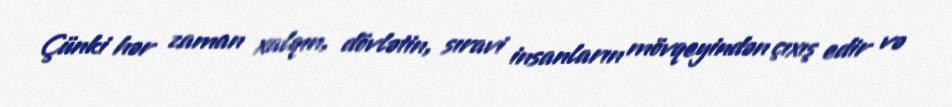
Çünki hər zaman xalqın, dövlətin, sıravi insanların mövqeyindən çıxış edir və